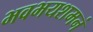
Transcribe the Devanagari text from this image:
भवभयशमनं